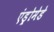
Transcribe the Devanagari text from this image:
एंड्रोमेडे